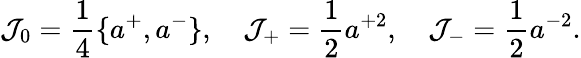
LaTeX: {\cal J}_{0}=\frac{1}{4}\{ a^{+},a^{-}\} ,\quad{\cal J}_{+}=\frac{1}{2}a^{+2},\quad{\cal J}_{-}=\frac{1}{2}a^{-2}.